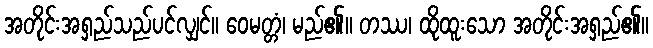
အတိုင်းအရှည်သည်ပင်လျှင်။ ဝေမတ္တံ၊ မည်၏။ တဿ၊ ထိုထူးသော အတိုင်းအရှည်၏။